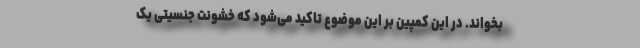
بخواند. در این کمپین بر این موضوع تاکید می‌شود که خشونت جنسیتی یک